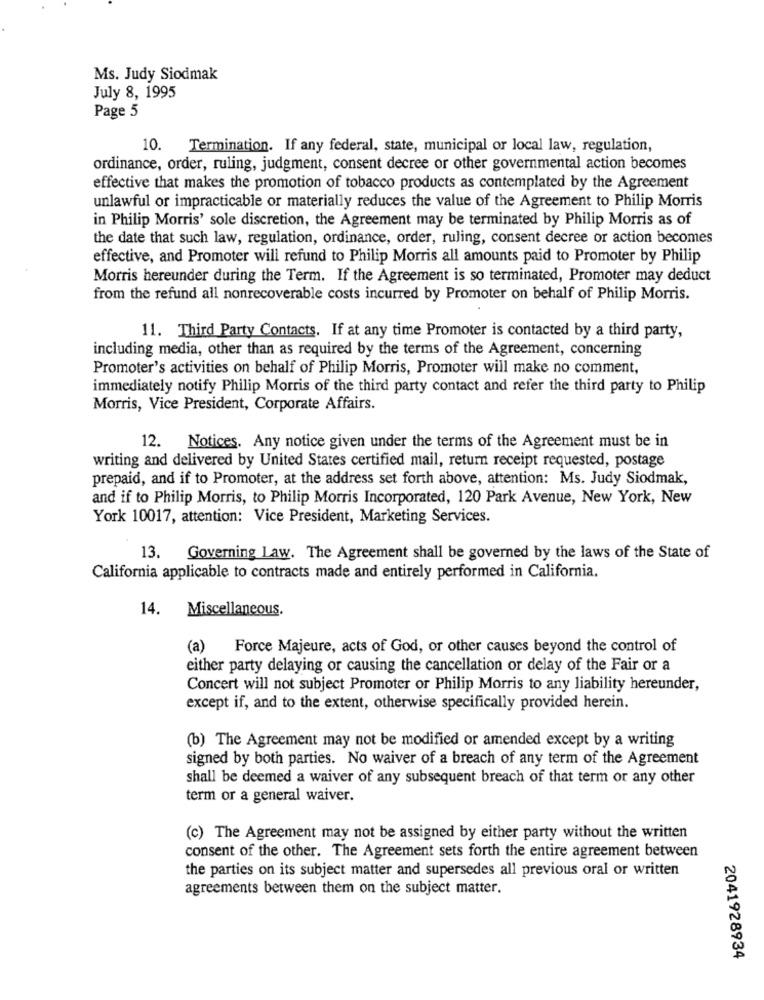
Ms. Judy Siodmak
July 8, 1995
Page 5
10. Termination. If any federal, state, municipal or local law, regulation,
ordinance, order, ruling, judgment, consent decree or other governmental action becomes
effective that makes the promotion of tobacco products as contemplated by the Agreement
unlawful or impracticable or materially reduces the value of the Agreement to Philip Morris
in Philip Morris' sole discretion, the Agreement may be terminated by Philip Morris as of
the date that such law, regulation, ordinance, order, ruling, consent decree or action becomes
effective, and Promoter will refund to Philip Morris all amounts paid to Promoter by Philip
Morris hereunder during the Term. If the Agreement is so terminated, Promoter may deduct
from the refund all nonrecoverable costs incurred by Promoter on behalf of Philip Morris.
11. Third Party Contacts. If at any time Promoter is contacted by a third party,
including media, other than as required by the terms of the Agreement, concerning
Promoter's activities on behalf of Philip Morris, Promoter will make no comment,
immediately notify Philip Morris of the third party contact and refer the third party to Philip
Morris, Vice President, Corporate Affairs.
12. Notices. Any notice given under the terms of the Agreement must be in
writing and delivered by United States certified mail, return receipt requested, postage
prepaid, and if to Promoter, at the address set forth above, attention: Ms. Judy Siodmak,
and if to Philip Morris, to Philip Morris Incorporated, 120 Park Avenue, New York, New
York 10017, attention: Vice President, Marketing Services.
13.
Governing Law. The Agreement shall be governed by the laws of the State of
California applicable to contracts made and entirely performed in California.
14. Miscellaneous.
(a) Force Majeure, acts of God, or other causes beyond the control of
either party delaying or causing the cancellation or delay of the Fair or a
Concert will not subject Promoter or Philip Morris to any liability hereunder,
except if, and to the extent, otherwise specifically provided herein.
(b) The Agreement may not be modified or amended except by a writing
signed by both parties. No waiver of a breach of any term of the Agreement
shall be deemed a waiver of any subsequent breach of that term or any other
term or a general waiver.
(c) The Agreement may not be assigned by either party without the written
consent of the other. The Agreement sets forth the entire agreement between
the parties on its subject matter and supersedes all previous oral or written
agreements between them on the subject matter.
2041928934